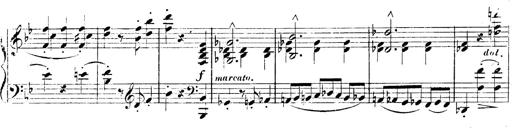
Title: 3 Caprices-Valses
Composer: Franz Liszt